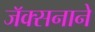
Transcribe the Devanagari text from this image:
जॅक्सनाने